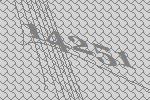
14251